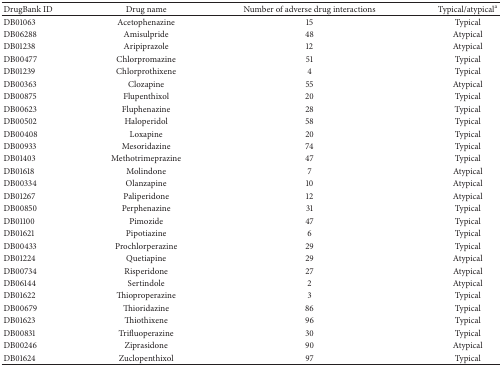
<table><thead><tr><td><b>DrugBank ID</b></td><td><b>Drug name</b></td><td><b>Number of adverse drug interactions</b></td><td><b>Typical/atypical<sup>a</sup></b></td></tr></thead><tbody><tr><td>DB01063</td><td>Acetophenazine</td><td>15</td><td>Typical</td></tr><tr><td>DB06288</td><td>Amisulpride</td><td>48</td><td>Atypical</td></tr><tr><td>DB01238</td><td>Aripiprazole</td><td>12</td><td>Atypical</td></tr><tr><td>DB00477</td><td>Chlorpromazine</td><td>51</td><td>Typical</td></tr><tr><td>DB01239</td><td>Chlorprothixene</td><td>4</td><td>Typical</td></tr><tr><td>DB00363</td><td>Clozapine</td><td>55</td><td>Atypical</td></tr><tr><td>DB00875</td><td>Flupenthixol</td><td>20</td><td>Typical</td></tr><tr><td>DB00623</td><td>Fluphenazine</td><td>28</td><td>Typical</td></tr><tr><td>DB00502</td><td>Haloperidol</td><td>58</td><td>Typical</td></tr><tr><td>DB00408</td><td>Loxapine</td><td>20</td><td>Typical</td></tr><tr><td>DB00933</td><td>Mesoridazine</td><td>74</td><td>Typical</td></tr><tr><td>DB01403</td><td>Methotrimeprazine</td><td>47</td><td>Typical</td></tr><tr><td>DB01618</td><td>Molindone</td><td>7</td><td>Atypical</td></tr><tr><td>DB00334</td><td>Olanzapine</td><td>10</td><td>Atypical</td></tr><tr><td>DB01267</td><td>Paliperidone</td><td>12</td><td>Atypical</td></tr><tr><td>DB00850</td><td>Perphenazine</td><td>31</td><td>Typical</td></tr><tr><td>DB01100</td><td>Pimozide</td><td>47</td><td>Typical</td></tr><tr><td>DB01621</td><td>Pipotiazine</td><td>6</td><td>Typical</td></tr><tr><td>DB00433</td><td>Prochlorperazine</td><td>29</td><td>Typical</td></tr><tr><td>DB01224</td><td>Quetiapine</td><td>29</td><td>Atypical</td></tr><tr><td>DB00734</td><td>Risperidone</td><td>27</td><td>Atypical</td></tr><tr><td>DB06144</td><td>Sertindole</td><td>2</td><td>Atypical</td></tr><tr><td>DB01622</td><td>Thioproperazine</td><td>3</td><td>Typical</td></tr><tr><td>DB00679</td><td>Thioridazine</td><td>86</td><td>Typical</td></tr><tr><td>DB01623</td><td>Thiothixene</td><td>96</td><td>Typical</td></tr><tr><td>DB00831</td><td>Trifluoperazine</td><td>30</td><td>Typical</td></tr><tr><td>DB00246</td><td>Ziprasidone</td><td>90</td><td>Atypical</td></tr><tr><td>DB01624</td><td>Zuclopenthixol</td><td>97</td><td>Typical</td></tr></tbody></table>